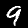
Label: 9